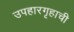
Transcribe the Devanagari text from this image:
उपहारगृहाची